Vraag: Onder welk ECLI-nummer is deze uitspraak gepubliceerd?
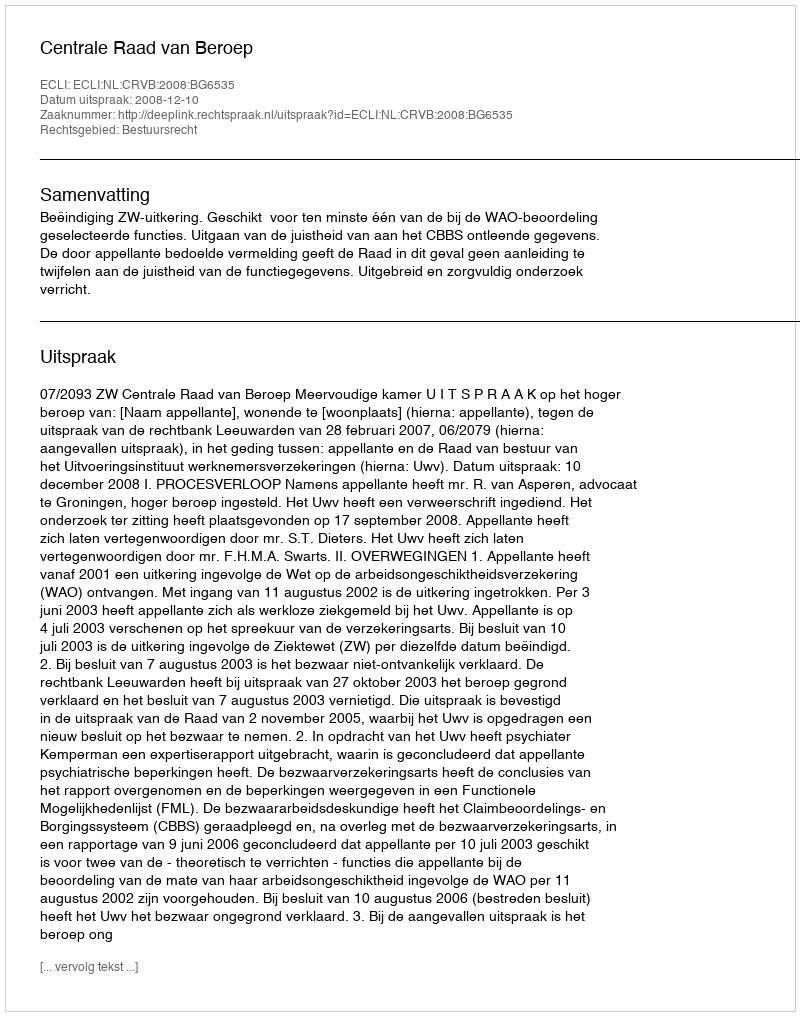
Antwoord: ECLI:NL:CRVB:2008:BG6535